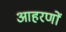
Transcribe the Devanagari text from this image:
आहरणों